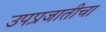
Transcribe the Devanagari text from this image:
उपप्रजातीचा